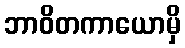
ဘာဝိတကာယောမှိ